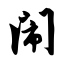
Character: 闹